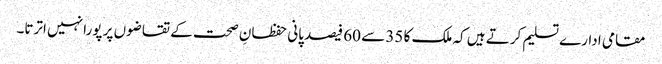
مقامی ادارے تسلیم کرتے ہیں کہ ملک کا 35 سے 60 فیصد پانی حفظانِ صحت کے تقاضوں پر پورا نہیں اترتا۔